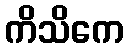
ကိသိကေ